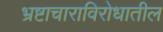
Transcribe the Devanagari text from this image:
भ्रष्टाचाराविरोधातील